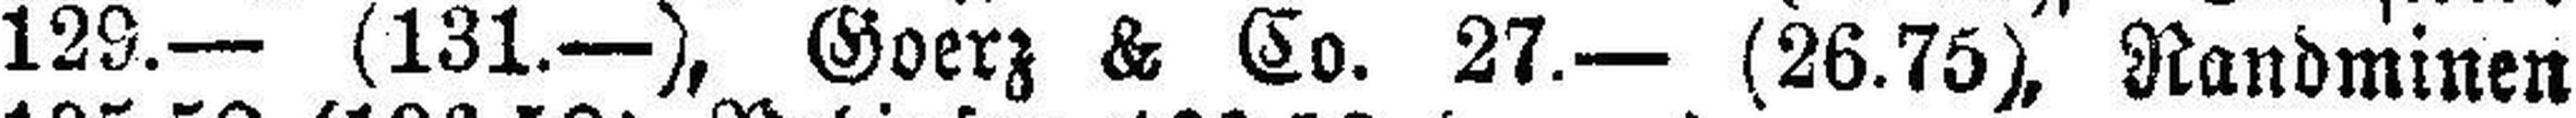
129.— (131.—), Goerz & C0o. 27.— (26.75), Randminen